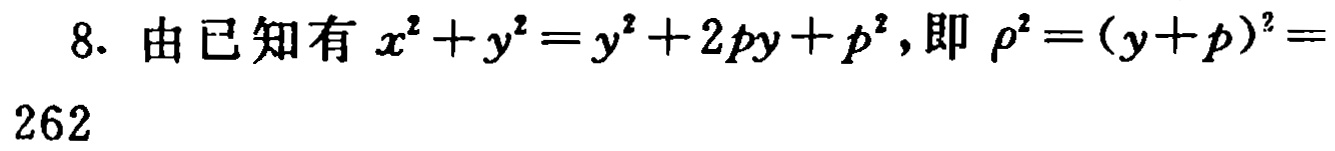
8. 由已知有 \(x^{2}+y^{2}=y^{2}+2py + p^{2}\)，即 \(\rho^{2}=(y + p)^{2}=\)

262